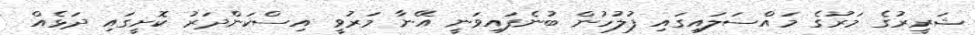
ޝަރީރުގެ މަރުގެ މައްސަލައިގައި ފުލުހުން ބުނެފައިވަނީ އޭނާ މަރުވީ އިސްކަންދަރު ކޮށީގައި ދަޅެއް